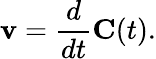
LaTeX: \mathbf{v}={\frac{d}{dt}}\mathbf{C}(t).